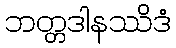
ဘတ္တဒါနဿိဒံ